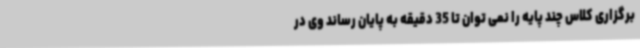
برگزاری کلاس چند پایه را نمی توان تا 35 دقیقه به پایان رساند وی در